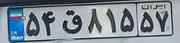
۵۴ق۸۱۵۵۷